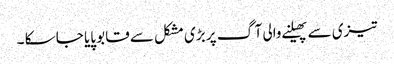
تیزی سے پھیلنے والی آگ پر بڑی مشکل سے قابو پایا جا سکا ۔